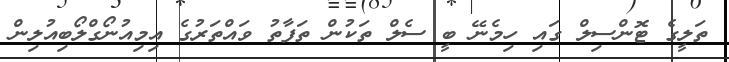
ތަލީގެ ޓޮންސިލް ގައި ހިމެނޭ ބީ ސެލް ތަކުން ތަފާތު ވައްތަރުގެ އިމިއުނޯގްލޯބިއުލިން